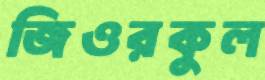
জিওরকুল